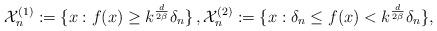
LaTeX: \begin{align*}\mathcal{X}_n^{(1)} := \{x: f(x) \geq k^\frac{d}{2\beta} \delta_n \} \, , \mathcal{X}_n^{(2)} := \{x: \delta_n \leq f(x) <k^\frac{d}{2\beta} \delta_n \},\end{align*}